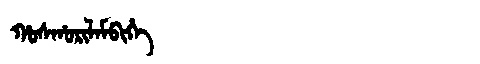
Manchu: ᡥᠣᠰᡥᠣᡵᡳᠯᠠᠮᠪᡳᡥᡝ
Romanization: HOSHORILAMBIHE